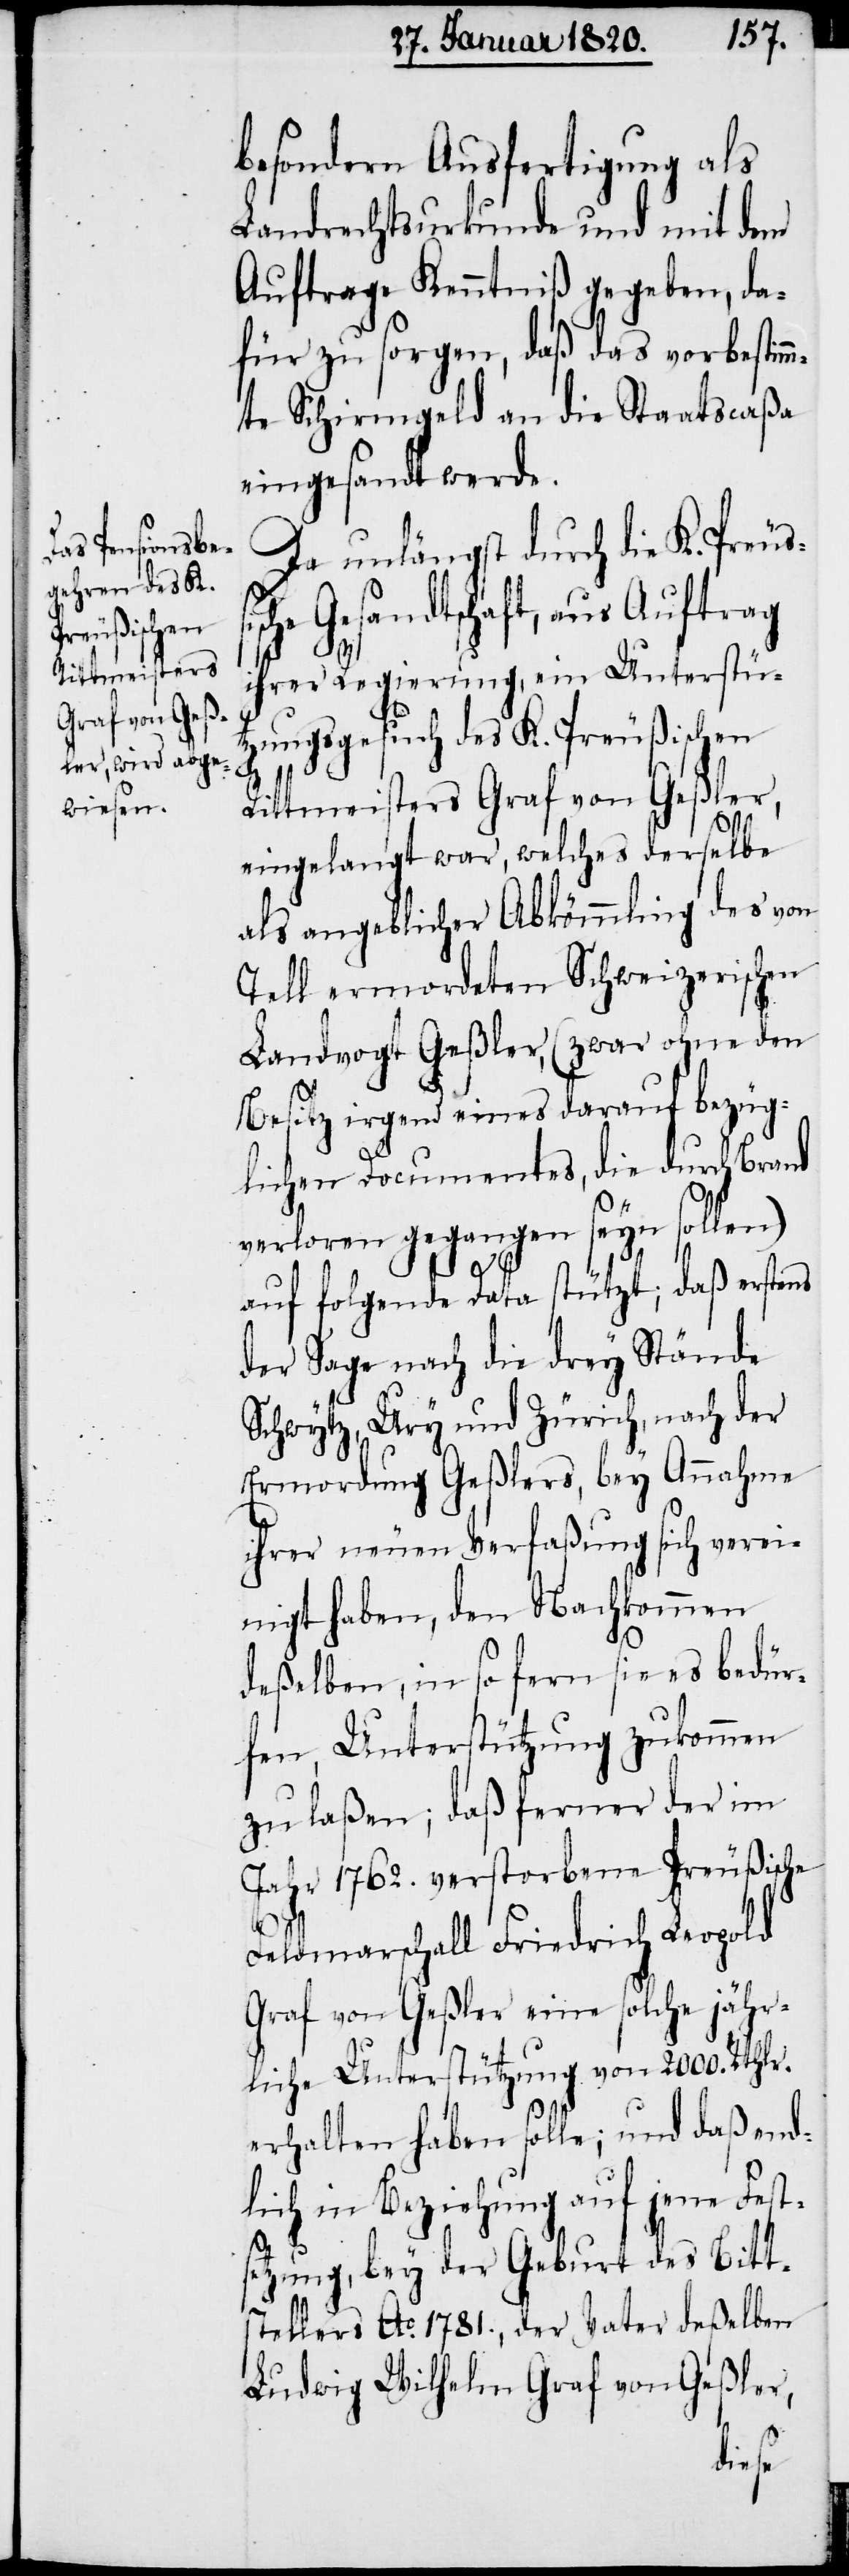
besondern Ausfertigung als
Landrechtsurkunde und mit dem
Auftrage Kenntniß gegeben, da¬
für zu sorgen, daß das vorbestim¬
mte Schirmgeld an die Staatscaßa
eingesandt werde.
Da unlängst durch die K. Preuß¬
he Gesandtschaft, aus Auftrag
ihrer Regierung, ein Unterstüt¬
zungsgesuch des K. Preußischen
Rittmeisters Graf von Geßler,
eingelangt war, welches derselbe
als angeblicher Abkömmling des von
Tell ermordeten Schweizerischen
Landvogt Geßler, (zwar ohne den
Besitz irgend eines darauf bezüg¬
lichen Documentes, die durch Brand
verloren gegangen seyn sollen)
auf folgende Data stützt; daß erstens
der Sage nach die drey Stände
Schwytz, Ury und Zürich, nach der
Ermordung Geßlers, bey Annahme
ihrer neuen Verfaßung sich verei¬
nigt haben, den Nachkommen
deßelben, in so fern sie es bedür¬
fen, Unterstützung zukommen
zu laßen; daß ferner der im
Jahr 1762. verstorbene Preußische
Feldmarschall Friedrich Leopold
Graf von Geßler eine solche jähr¬
liche Unterstützung von 2000. Rthlr.
erhalten haben solle; und daß end¬
lich in Beziehung auf jene Fest¬
setzung, bey der Geburt des Bitt¬
stellers Ao. 1781., der Vater deßelben
Ludwig Wilhelm Graf von Geßler,
isc¬